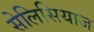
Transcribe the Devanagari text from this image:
सेलिसियाज